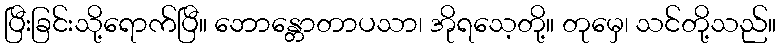
ပြီးခြင်းသို့ရောက်ပြီ။ ဘောန္တောတာပသာ၊ အိုရသေ့တို့။ တုမှေ၊ သင်တို့သည်။